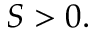
S > 0 .